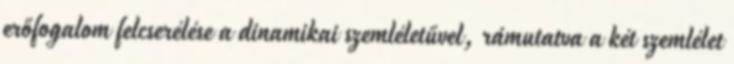
erőfogalom felcserélése a dinamikai szemléletűvel, rámutatva a két szemlélet